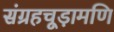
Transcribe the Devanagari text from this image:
संग्रहचूड़ामणि